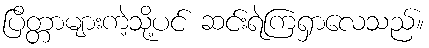
ပြိတ္တာများကဲ့သို့ပင် ဆင်းရဲကြရှာလေသည်။